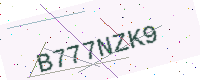
Text: B777NZK9